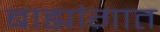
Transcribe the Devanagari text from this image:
बाह्यांगात